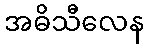
အဓိသီလေန